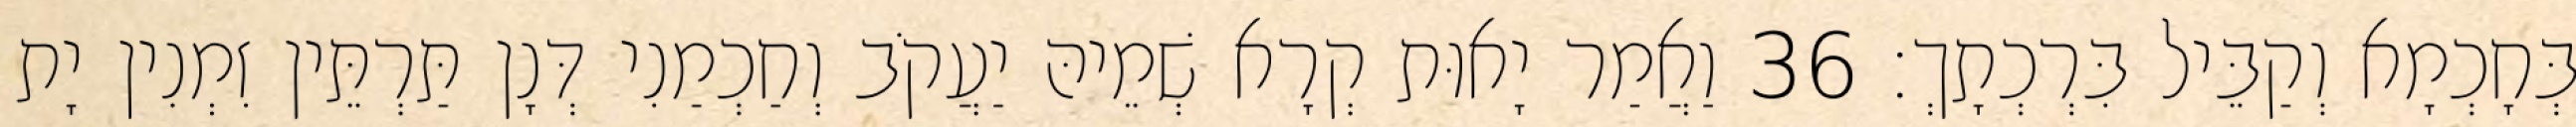
בְּחָכְמָא וְקַבֵּיל בִּרְכְתָךְ׃ 36 וַאֲמַר יָאוּת קְרָא שְׁמֵיהּ יַעֲקֹב וְחַכְמַנִי דְּנָן תַּרְתֵּין זִמְנִין יָת